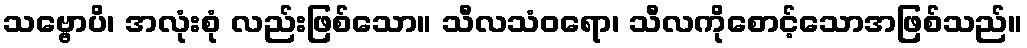
သဗ္ဗောပိ၊ အလုံးစုံ လည်းဖြစ်သော။ သီလသံဝရော၊ သီလကိုစောင့်သောအဖြစ်သည်။